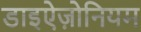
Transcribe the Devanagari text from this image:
डाइऐज़ोनियम